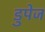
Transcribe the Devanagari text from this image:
डुपेज